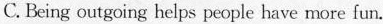
C.Being outgoing helps people have more fun.